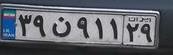
۳۹ن۹۱۱۲۹